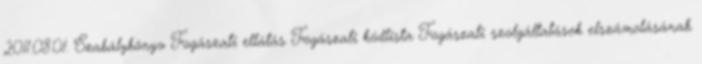
2011.08.01. Szabálykönyv Fogászati ellátás Fogászati kódlista Fogászati szolgáltatások elszámolásának